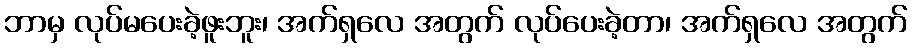
ဘာမှ လုပ်မပေးခဲ့ဖူးဘူး၊ အက်ရှလေ အတွက် လုပ်ပေးခဲ့တာ၊ အက်ရှလေ အတွက်